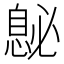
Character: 𪬤